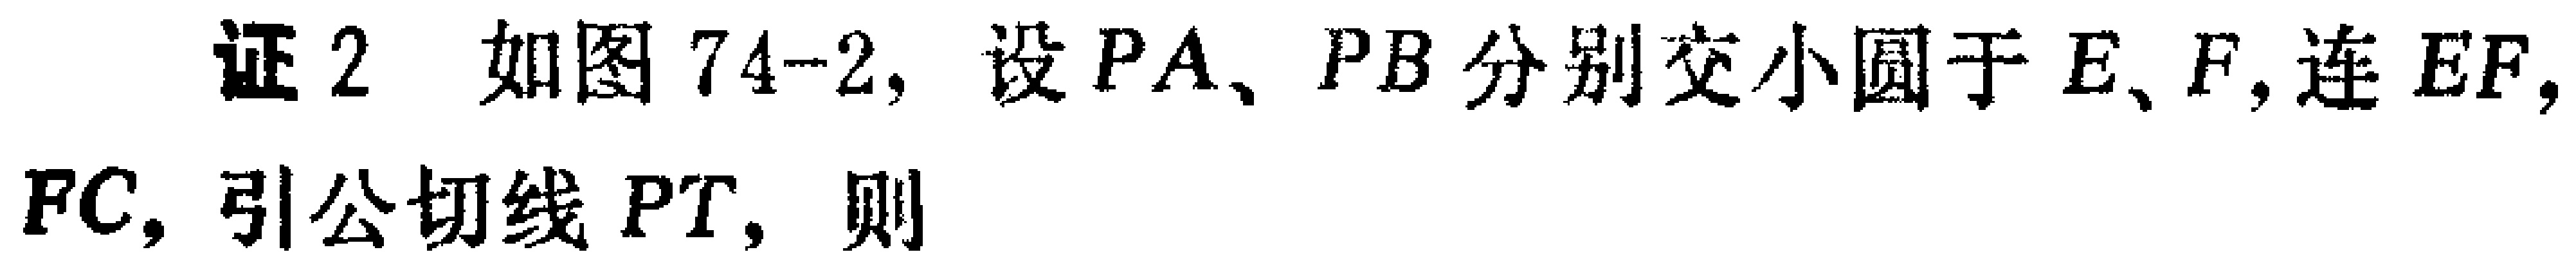
证2 如图74-2, 设 \(PA\)、\(PB\) 分别交小圆于 \(E\)、\(F\), 连 \(EF\), \(PC\), 引公切线 \(PT\), 则